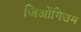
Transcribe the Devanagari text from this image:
जिओंगिउम